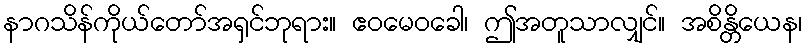
နာဂသိန်ကိုယ်တော်အရှင်ဘုရား။ ဧဝမေဝခေါ၊ ဤအတူသာလျှင်။ အစိန္တိယေန၊